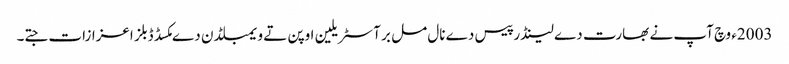
2003ء وچ آپ نے بھارت دے لینڈر پیس دے نال مل بر آسٹریلین اوپن تے ویمبلڈن دے مکسڈ ڈبلز اعزازات جتے۔